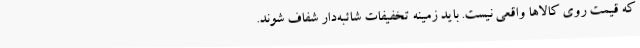
که قیمت روی کالاها واقعی نیست. باید زمینه تخفیفات شائبه‌دار شفاف شوند.